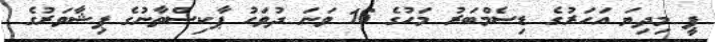
ޕީ މިދިޔަ އަހަރުގެ ޑިސެމްބަރު މަހުގެ 16 ވަނަ ދުވަހު ޕާކިސްތާނުގެ ޕިޝާވަރުގެ